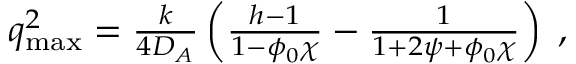
\begin{array} { r } { q _ { \mathrm { m a x } } ^ { 2 } = \frac { k } { 4 D _ { A } } \left( \frac { h - 1 } { 1 - \phi _ { 0 } \chi } - \frac { 1 } { 1 + 2 \psi + \phi _ { 0 } \chi } \right) \; , } \end{array}